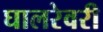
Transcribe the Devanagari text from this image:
घालरेवरी